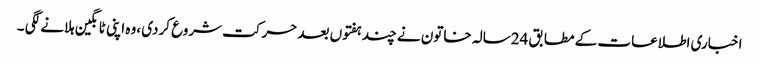
اخباری اطلاعات کے مطابق 24سالہ خاتون نے چند ہفتوں بعد حرکت شروع کردی ،وہ اپنی ٹانگین ہلانے لگی ۔